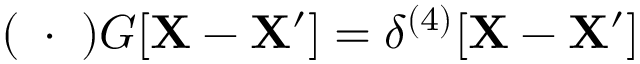
( \mathbf { \partial } \cdot \mathbf { \partial } ) G [ \mathbf { X } - \mathbf { X ^ { \prime } } ] = \delta ^ { ( 4 ) } [ \mathbf { X } - \mathbf { X ^ { \prime } } ]